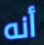
أنه